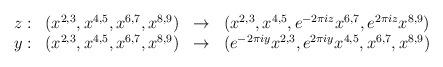
LaTeX: \begin{align*}\begin{array}{c c c c}z:&\left(x^{2,3},x^{4,5},x^{6,7},x^{8,9}\right)&\to&\left(x^{2,3},x^{4,5},e^{-2\pi iz}x^{6,7},e^{2\pi iz}x^{8,9}\right) \\y:&\left(x^{2,3},x^{4,5},x^{6,7},x^{8,9}\right)&\to&\left(e^{-2\pi iy}x^{2,3},e^{2\pi iy}x^{4,5},x^{6,7},x^{8,9}\right)\end{array}\end{align*}